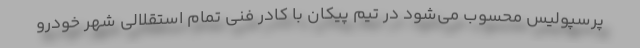
پرسپولیس محسوب می‌شود در تیم پیکان با کادر فنی تمام استقلالی شهر خودرو